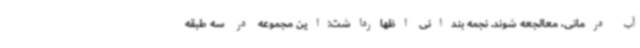
آب درمانی، معالجعه شوند. نجمه بندانی اظهارداشت:این مجموعه در سه طبقه